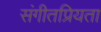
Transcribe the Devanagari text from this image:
संगीतप्रियता